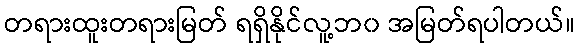
တရားထူးတရားမြတ် ရရှိနိုင်လူ့ဘ၀ အမြတ်ရပါတယ်။